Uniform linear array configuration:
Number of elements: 4
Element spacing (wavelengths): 0.75
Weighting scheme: kaiser
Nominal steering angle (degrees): -15
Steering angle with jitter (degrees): -15.847
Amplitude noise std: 0.05
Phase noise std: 0.05

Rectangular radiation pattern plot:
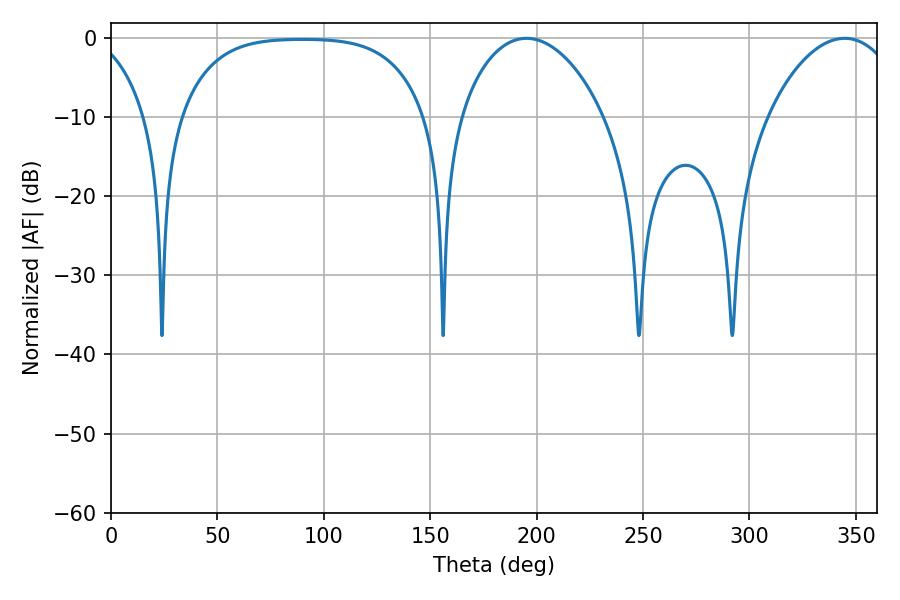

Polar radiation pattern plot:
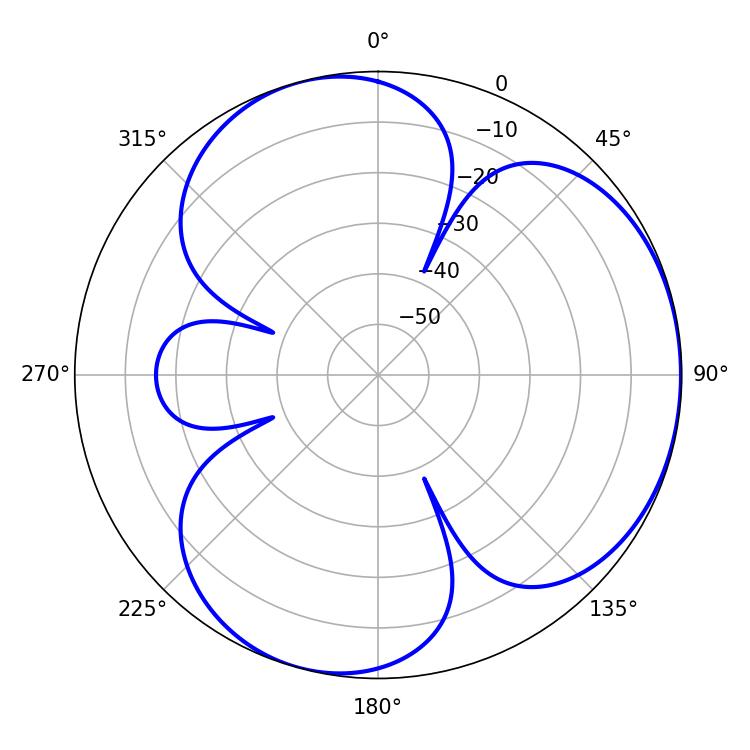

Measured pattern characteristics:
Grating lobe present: TRUE
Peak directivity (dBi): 3.856
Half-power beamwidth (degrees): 38.34
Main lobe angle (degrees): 195.3